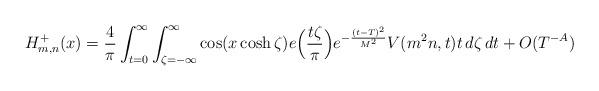
LaTeX: \begin{align*}H_{m, n}^+(x) = \frac{4}{\pi} \int_{t = 0}^\infty \int_{\zeta = -\infty}^\infty \cos(x \cosh \zeta) e\Bigl( \frac{t \zeta}{\pi} \Bigr) e^{- \frac{(t - T)^2}{M^2}} V(m^2 n, t) t \, d \zeta \, d t + O(T^{-A})\end{align*}